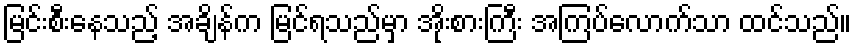
မြင်းစီးနေသည့် အချိန်က မြင်ရသည်မှာ အိုးစားကြီး အကြပ်လောက်သာ ထင်သည်။